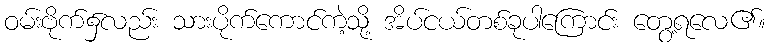
ဝမ်းဗိုက်၌လည်း သားပိုက်ကောင်ကဲ့သို့ အိပ်ငယ်တစ်ခုပါကြောင်း တွေ့ရလေ၏။